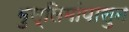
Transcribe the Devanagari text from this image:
मुस्लिमांपासुन